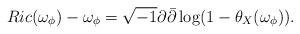
LaTeX: \begin{align*}Ric(\omega_\phi)-\omega_\phi=\sqrt{-1}\partial\bar\partial\log(1-\theta_X(\omega_\phi)).\end{align*}